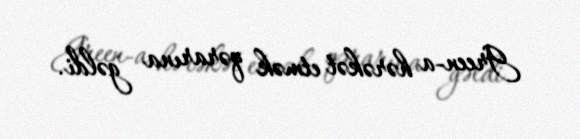
Green-a hərəkət etmək qərarına gəldi.